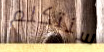
سنتكلم